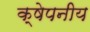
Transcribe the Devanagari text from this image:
क्षेपनीय